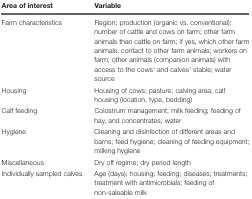
<table><thead><tr><td><b>Area of interest</b></td><td><b>Variable</b></td></tr></thead><tbody><tr><td>Farm characteristics</td><td>Region; production (organic vs. conventional); number of cattle and cows on farm; other farm animals than cattle on farm; if yes, which other farm animals, contact to other farm animals; workers on farm; other animals (companion animals) with access to the cows‘ and calves’ stable; water source</td></tr><tr><td>Housing</td><td>Housing of cows; pasture; calving area; calf housing (location, type, bedding)</td></tr><tr><td>Calf feeding</td><td>Colostrum management; milk feeding; feeding of hay, and concentrates; water</td></tr><tr><td>Hygiene</td><td>Cleaning and disinfection of different areas and barns; feed hygiene; cleaning of feeding equipment; milking hygiene</td></tr><tr><td>Miscellaneous</td><td>Dry off regime; dry period length</td></tr><tr><td>Individually sampled calves</td><td>Age (days); housing; feeding; diseases; treatments; treatment with antimicrobials; feeding of non-saleable milk</td></tr></tbody></table>